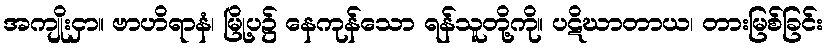
အကျိုးငှာ။ ဗာဟိရာနံ၊ မြို့ပ၌ နေကုန်သော ရန်သူတို့ကို။ ပဋိဃာတာယ၊ တားမြစ်ခြင်း